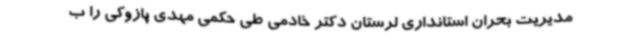
مدیریت بحران استانداری لرستان دکتر خادمی طی حکمی مهدی پازوکی را ب